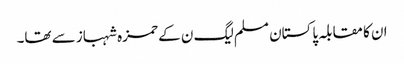
ان کا مقابلہ پاکستان مسلم لیگ ن کے حمزہ شہباز سے تھا۔